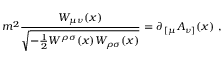
m ^ { 2 } { \frac { W _ { \mu \nu } ( x ) } { \sqrt { - { \frac { 1 } { 2 } } W ^ { \rho \sigma } ( x ) W _ { \rho \sigma } ( x ) } } } = \partial _ { \, [ \mu } A _ { \nu ] } ( x ) \ ,